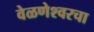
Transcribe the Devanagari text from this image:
वेळणेश्वरचा